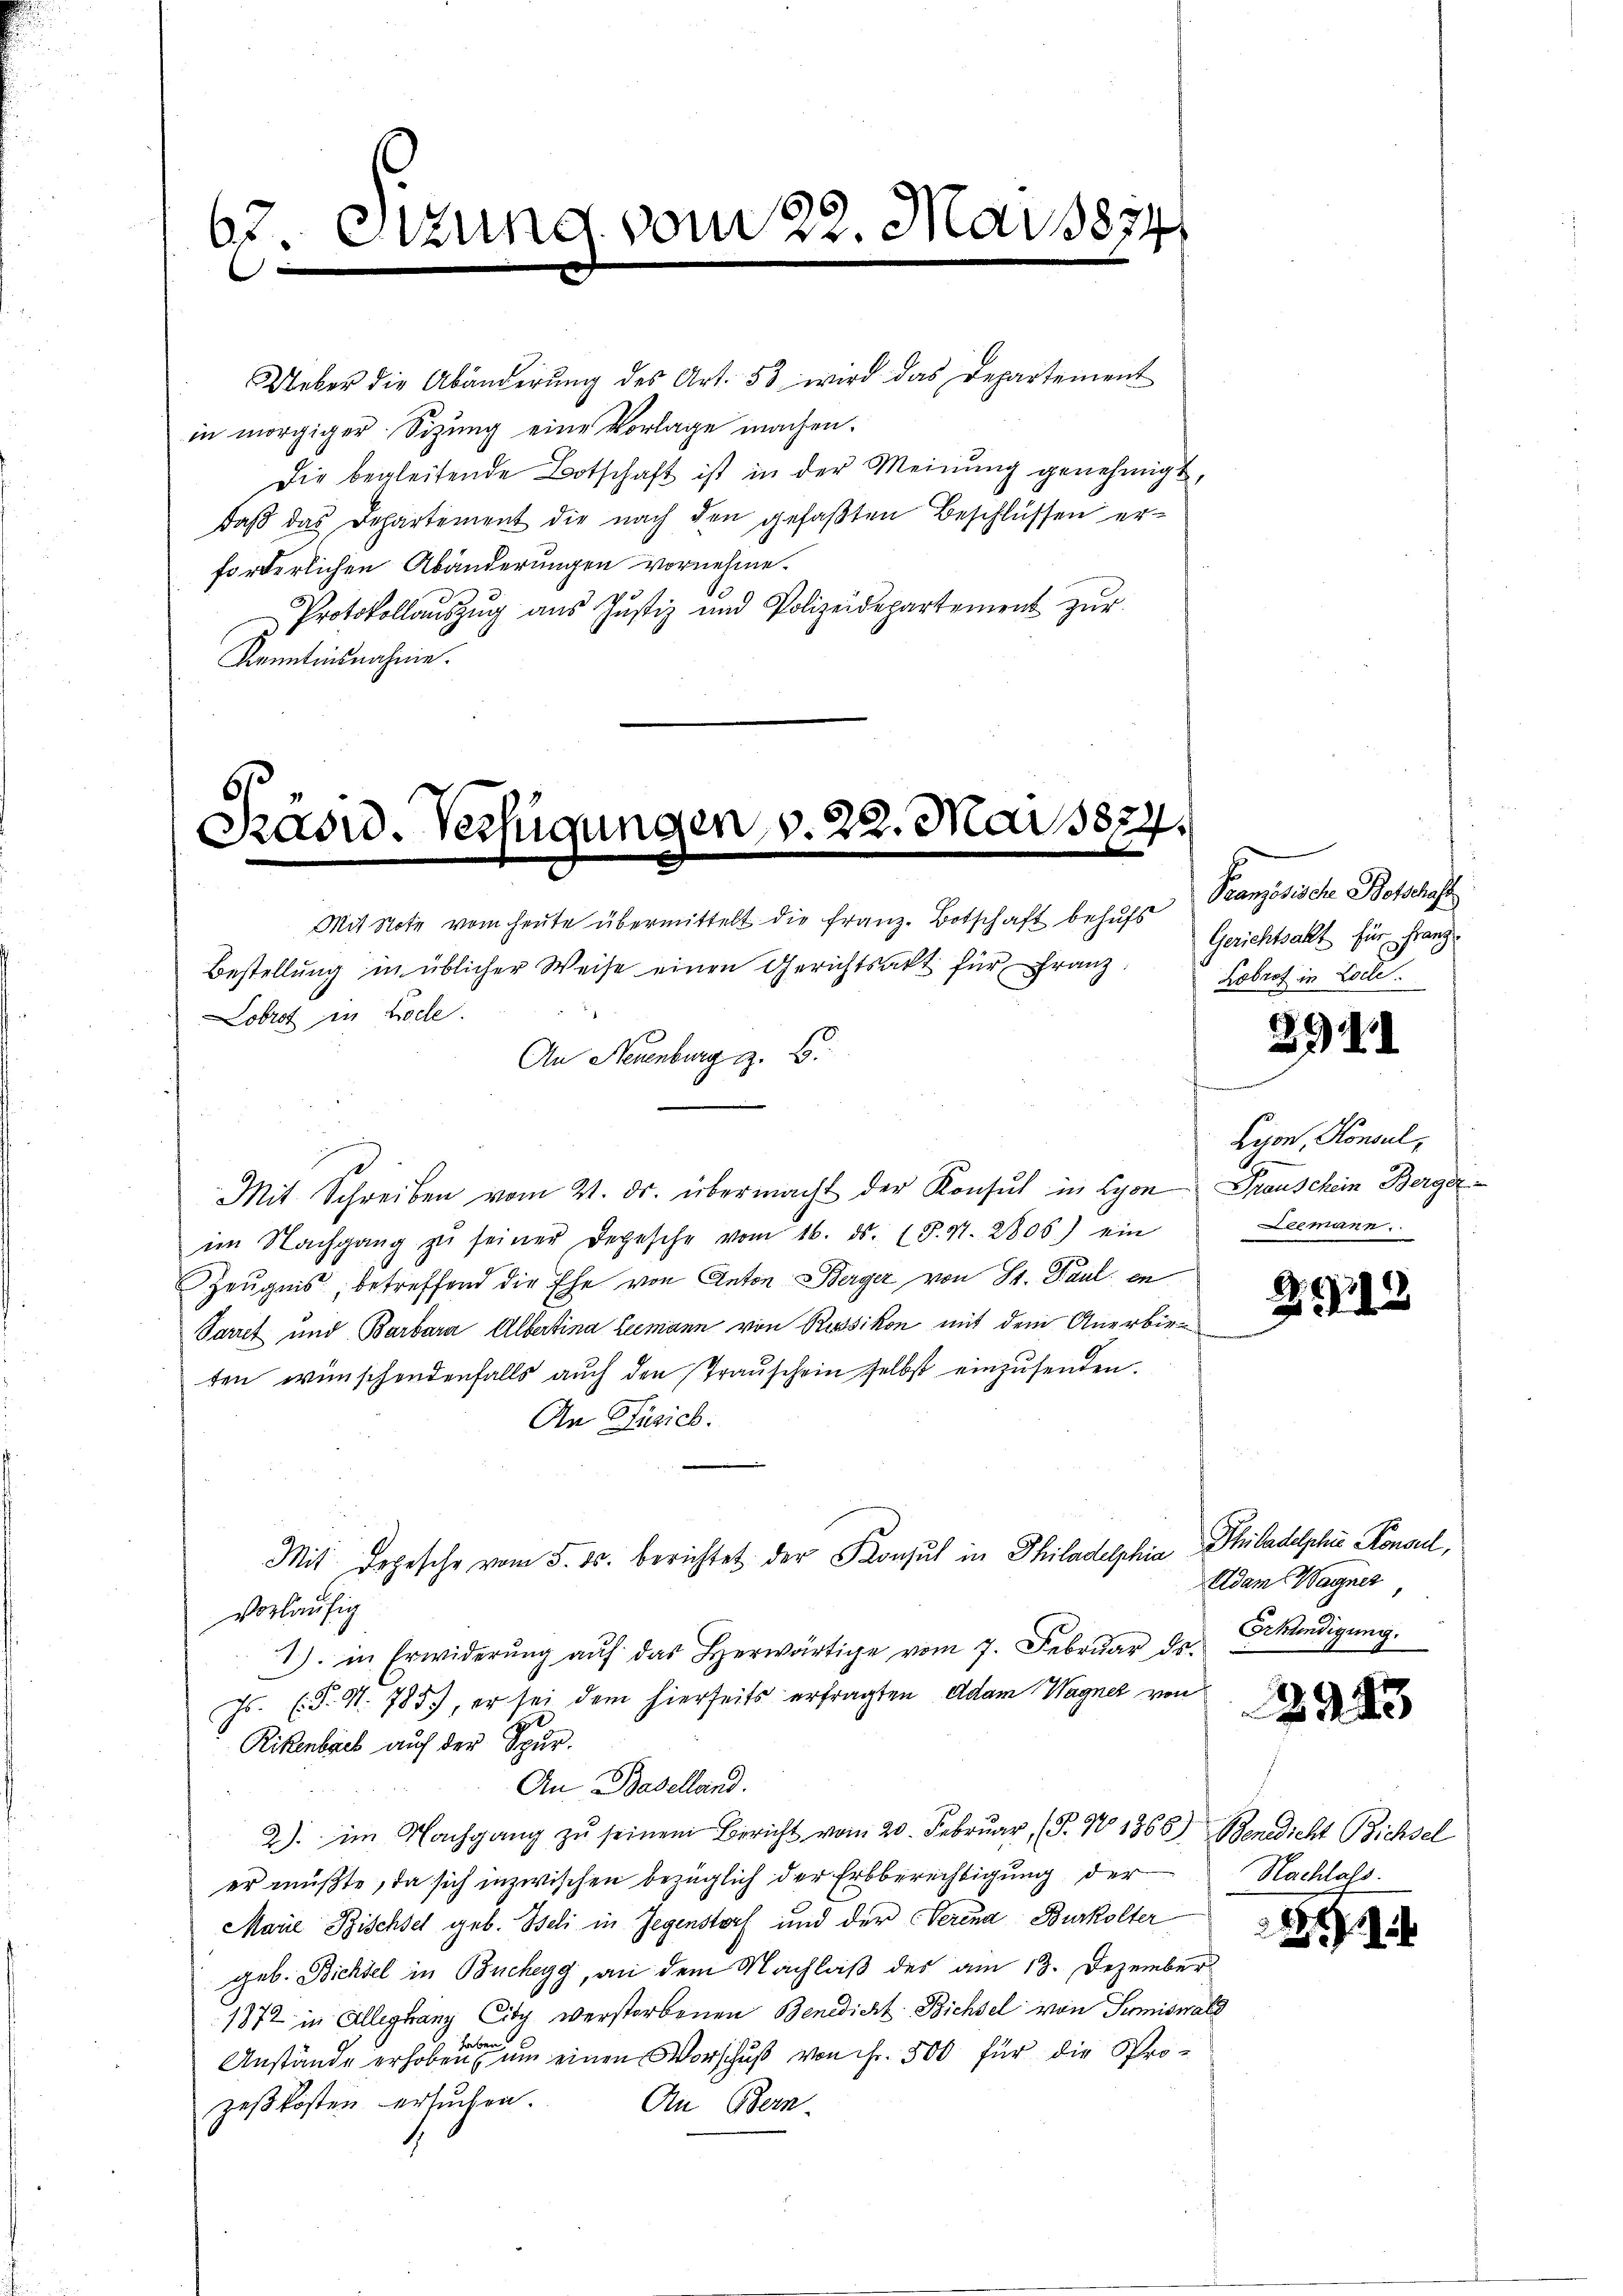
67. Etzung vom 22. Mai 1874.
e

Ueber die Abänderŭng des Art. 53 wird das Departement
in morgiger Sitzung eine Vorlage machen.
Die begleitende Botschaft ist in der Meinung genehmigt,
daβ das Departement die nach den gefaβten Beschlüssen er-
forderlichen Abänderungen vornehme.
10
Protokollaŭszŭg aŭs Justiz und Polizeidepartement zŭr
Kenntnisnahme.

Prasw. Verfügungen, v. 22. Mai 1874.
Mit Note vom heute übermittelt die Franz-Botschaft behŭfs Pranzösische Botschaft

Mit Depesche vom 5. ds. berichtet der Konsul in Philadelphia Philadelphie Konsul,

Bestellung in üblicher Weise einen Gerichtsakt für Franz
Lobrot in Bode
An Neuenburg z. B.
Mit Schreiben vom 21. ds. übermacht der Konsul in Lyon Trauschein Berger
im Nachgang zŭ seiner degesehe vom 16. ds. 1 S. Nr. 2806) ein
Zeugnis, betreffend die Ehe von Anton Berger von St. Paul en
Parret und Barbara Albertina Leemann von Russikon mit dem Anerbieten wünschendenfalls auch den Trauschein selbst einzusenden.
An Füsich.
vorläufig
1) in Erwiderŭng aŭf das herwärtige vom 7. Febrŭar ds.
Js. (T. N. 785), er sei dem hierseits erfragten Adam Wagner von
Rikenbach auf der Spur.
An Baselland.
2) im Nachgang zŭ seinem Bericht vom 20. Februar (§. No 1368) Benedicht Bichsel
er müßte, da sich inzwischen bezüglich der Erbberechtigung der
Marie Bischsel geb. Beli in Gegenstorf und der Verend Burkolter
geb. Bichtel in Buchegg, an dem Nachlaß des am 13. Dezember
1872 in Alleghang City verstorbenen Benedicht. Bichsel von Sumiswald
habe
Anstände erhoben um einen Vorschuß von ihr. 500 für die Prozeßkosten ersuchen.
An Bern.
1

Gerichtsakt für Franz
Kobrot in Loche.

2941

Lyon, Konsul,
Leemann.

212

Adam Wagner
Erkündigung.

2943

Nachlass.

2